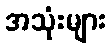
အသုံးများ